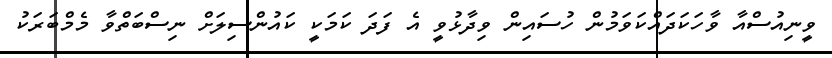
ވީނިއުސްއާ ވާހަކަދައްކަވަމުން ހުސައިން ވިދާޅުވީ އެ ފަދަ ކަމަކީ ކައުންސިލަށް ނިސްބަތްވާ މެމްބަރަކު